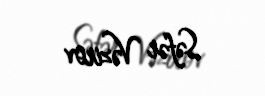
Səfər Vəzirov